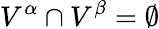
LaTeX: V^{\alpha}\cap V^{\beta}=\emptyset